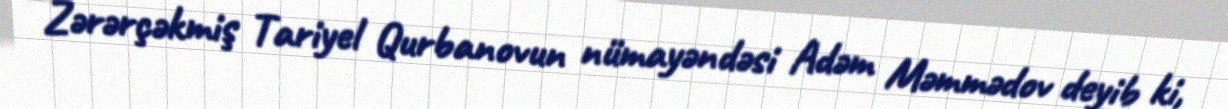
Zərərçəkmiş Tariyel Qurbanovun nümayəndəsi Adəm Məmmədov deyib ki,